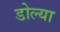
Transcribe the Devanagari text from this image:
डोल्या